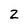
Character: Z